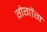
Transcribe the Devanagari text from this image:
गेगोंग